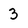
Character: 3